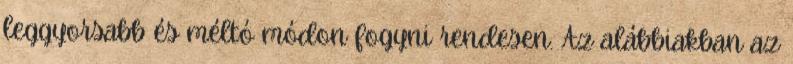
leggyorsabb és méltó módon fogyni rendesen. Az alábbiakban az